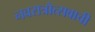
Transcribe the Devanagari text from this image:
नवरात्रोत्सवाची